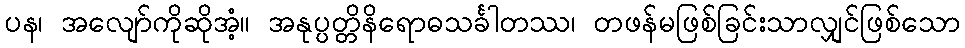
ပန၊ အလျော်ကိုဆိုအံ့။ အနုပ္ပတ္တိနိရောဓသင်္ခါတဿ၊ တဖန်မဖြစ်ခြင်းသာလျှင်ဖြစ်သော